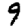
Digit: 9